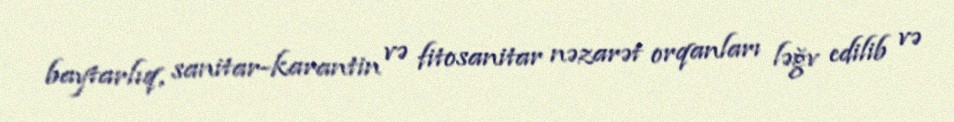
baytarlıq, sanitar-karantin və fitosanitar nəzarət orqanları ləğv edilib və